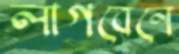
লাগবেনে